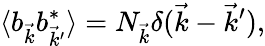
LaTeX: \langle b_{\vec{k}}b_{\vec{k}^{\prime}}^{*}\rangle=N_{\vec{k}}\delta(\vec{k}-\vec{k}^{\prime}),